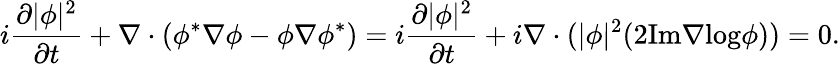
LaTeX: i\frac{\partial|\phi|^{2}}{\partial t}+\nabla\cdot(\phi^{*}\nabla\phi-\phi\nabla\phi^{*})=i\frac{\partial|\phi|^{2}}{\partial t}+i\nabla\cdot(|\phi|^{2}(2\mathrm{Im}\nabla\mathrm{log}\phi))=0.